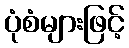
ပုံစံများဖြင့်